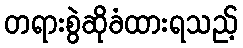
တရားစွဲဆိုခံထားရသည့်